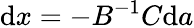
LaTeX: {\mathrm{d}}x=-B^{-1}C{\mathrm{d}}a